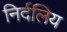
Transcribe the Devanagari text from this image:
निर्दलिय